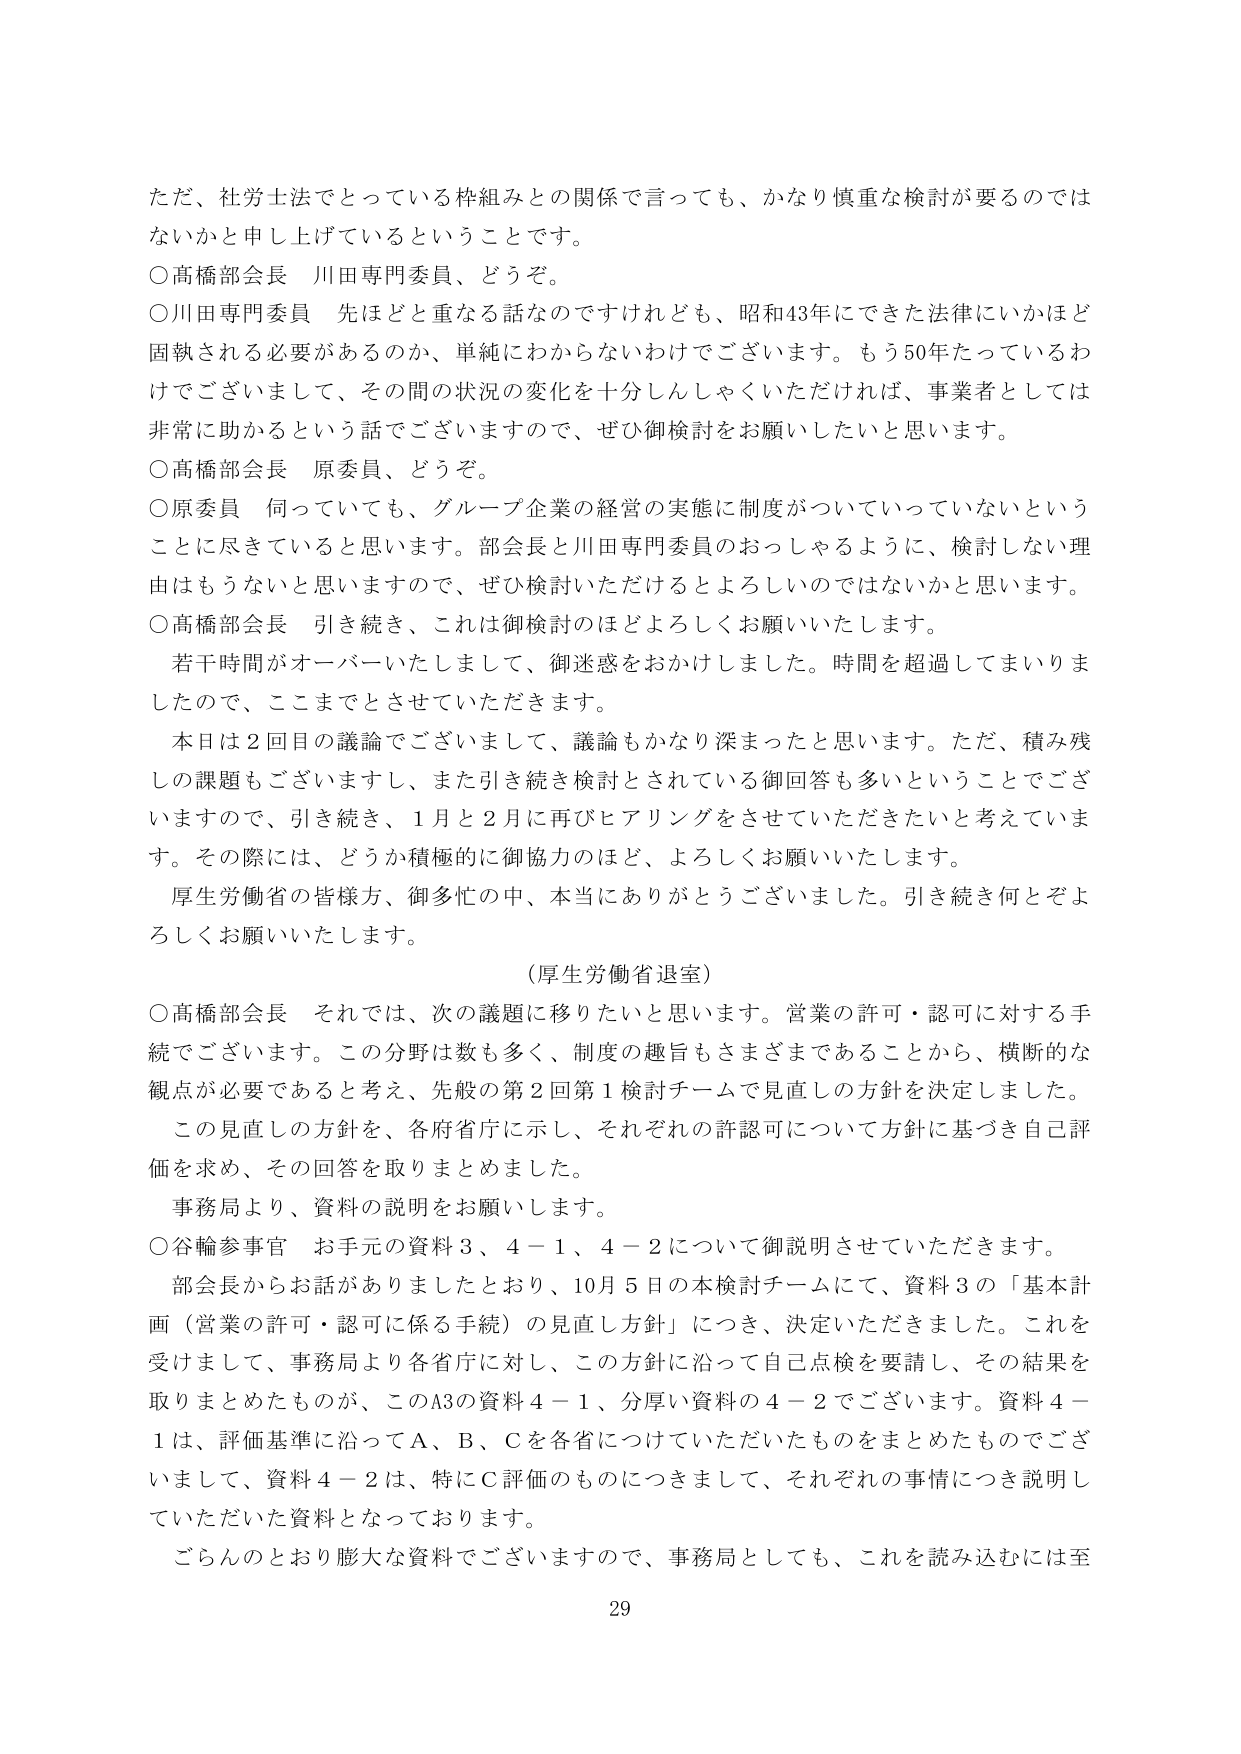
ただ、社労士法でとっている枠組みとの関係で言っても、かなり慎重な検討が要るのではないかなと申し上げているということです。

○高橋部会長　川田専門委員、どうぞ。

○川田専門委員　先ほどと重なる話なのですがけれども、昭和43年にできた法律にいかほど固執される必要があるのか、単純にわからないわけでございます。もう50年たっているわけでございまして、その間の状況の変化を十分しんしゃくいただければ、事業者としては非常に助かるという話でございますので、ぜひ御検討をお願いしたいと思います。

○高橋部会長　原委員、どうぞ。

○原委員　伺っていても、グループ企業の経営の実態に制度がついていっていないということに尽きていると思います。部会長と川田専門委員のおっしゃるように、検討しない理由はもうないと思いますので、ぜひ検討いただけるとよろしいのではないかと思います。

○高橋部会長　引き続き、これは御検討のほどよろしくお願いいたします。

　若干時間がオーバーいたしまして、御迷惑をおかけしました。時間を超過してまいりましたので、ここまでとさせていただきます。

　本日は2回目の議論でございまして、議論もかなり深まったと思います。ただ、積み残しの課題もございますし、また引き続き検討とされている御回答も多いということでございますので、引き続き、1月と2月に再びヒアリングをさせていただきたいと考えています。その際には、どうか積極的に御協力のほど、よろしくお願いいたします。

　厚生労働省の皆様方、御多忙の中、本当にありがとうございました。引き続き何とぞよろしくお願いいたします。

（厚生労働省退室）

○高橋部会長　それでは、次の議題に移りたいと思います。営業の許可・認可に対する手続でございます。この分野は数も多く、制度の趣旨もさまざまであることから、横断的な観点が必要であると考え、先般の第2回第1検討チームで見直しの方針を決定しました。

　この見直しの方針を、各府省庁に示し、それぞれの許認可について方針に基づき自己評価を求め、その回答を取りまとめました。

　事務局より、資料の説明をお願いします。

○谷輪参事官　お手元の資料3、4－1、4－2について御説明させていただきます。

　部会長からお話がありましたとおり、10月5日の本検討チームにて、資料3の「基本計画（営業の許可・認可に係る手続）の見直し方針」につき、決定いただきました。これを受けて、事務局より各省庁に対し、この方針に沿って自己点検を要請し、その結果を取りまとめたものが、このA3の資料4－1、分厚い資料の4－2でございます。資料4－1は、評価基準に沿ってA、B、Cを各省につけいただいたものをまとめたものでございまして、資料4－2は、特にC評価のものにつきまして、それぞれの事情につき説明していただいた資料となっております。

　ごらんのとおり膨大な資料でございますので、事務局としても、これを読み込むには至

29